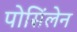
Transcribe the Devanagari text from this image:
पोसिंलेन